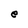
Character: e